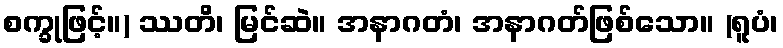
စက္ခုဖြင့်။) ဿတိ၊ မြင်ဆဲ။ အနာဂတံ၊ အနာဂတ်ဖြစ်သော။ (ရူပံ၊